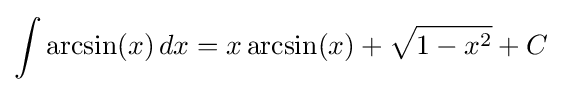
\int \arcsin(x)\,dx=x\arcsin(x)+{\sqrt {1-x^{2}}}+C